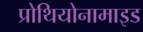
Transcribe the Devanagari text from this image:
प्रोथियोनामाइड